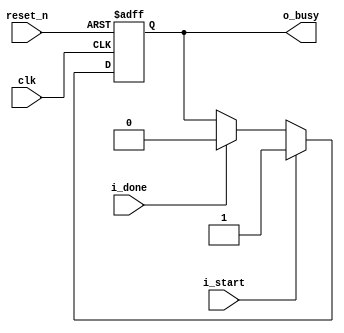
//------------------------------------------------------------------------------
//  http://github.com/gulakim/cory
//  
//------------------------------------------------------------------------------
`ifndef CORY_SD2B
    `define CORY_SD2B

module cory_sd2b (
    input           clk,
    input           i_start,
    input           i_done,
    output          o_busy,
    input           reset_n
);

reg         busy;

always @(posedge clk or negedge reset_n)
    if (!reset_n)
        busy    <= 0;
    else if (i_start)
        busy    <= 1;
    else if (i_done)
        busy    <= 0;

assign      o_busy  = busy;

endmodule
`endif